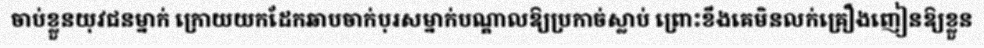
ចាប់ខ្លួនយុវជនម្នាក់ ក្រោយយកដែកឆាបចាក់បុរសម្នាក់បណ្តាលឱ្យប្រកាច់ស្លាប់ ព្រោះខឹងគេមិនលក់គ្រឿងញៀនឱ្យខ្លួន